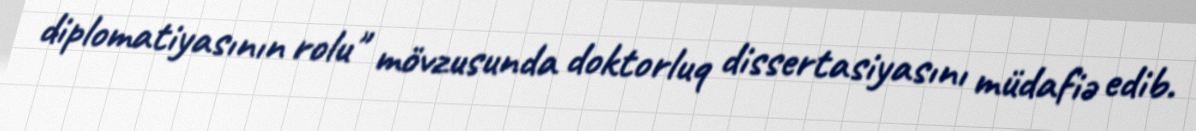
diplomatiyasının rolu" mövzusunda doktorluq dissertasiyasını müdafiə edib.